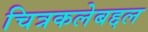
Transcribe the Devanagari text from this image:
चित्रकलेबद्दल